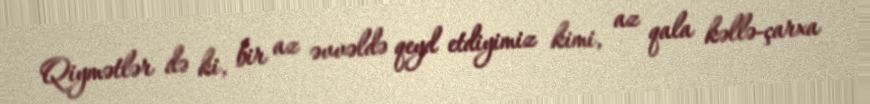
Qiymətlər də ki, bir az əvvəldə qeyd etdiyimiz kimi, az qala kəllə-çarxa